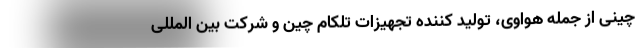
چینی از جمله هواوی، تولید کننده تجهیزات تلکام چین و شرکت بین المللی